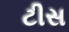
ટીસ